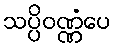
သပ္ပိဝဏ္ဏံပေ